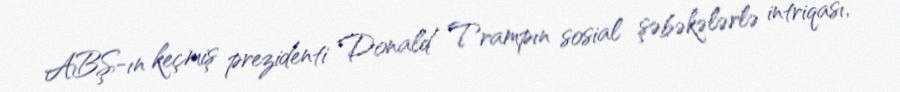
ABŞ-ın keçmiş prezidenti Donald Trampın sosial şəbəkələrlə intriqası,